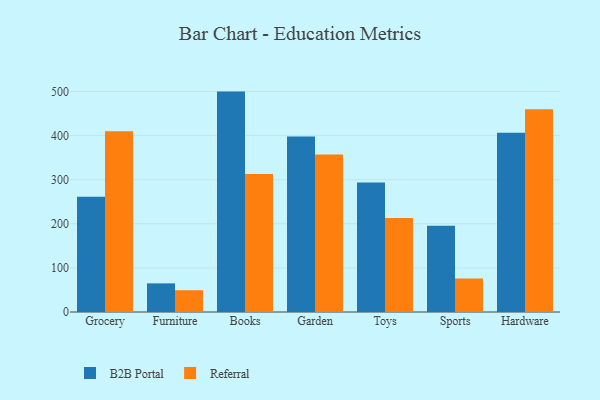
{"axis": {"x": "Category", "y": "Satisfaction Score"}, "legend": ["B2B Portal", "Referral"], "data": [{"x": "Grocery", "y": 261.1, "type": "B2B Portal"}, {"x": "Grocery", "y": 409.9, "type": "Referral"}, {"x": "Furniture", "y": 64.9, "type": "B2B Portal"}, {"x": "Furniture", "y": 49.4, "type": "Referral"}, {"x": "Books", "y": 499.7, "type": "B2B Portal"}, {"x": "Books", "y": 313.0, "type": "Referral"}, {"x": "Garden", "y": 398.0, "type": "B2B Portal"}, {"x": "Garden", "y": 357.1, "type": "Referral"}, {"x": "Toys", "y": 293.7, "type": "B2B Portal"}, {"x": "Toys", "y": 213.2, "type": "Referral"}, {"x": "Sports", "y": 195.3, "type": "B2B Portal"}, {"x": "Sports", "y": 76.0, "type": "Referral"}, {"x": "Hardware", "y": 406.3, "type": "B2B Portal"}, {"x": "Hardware", "y": 459.9, "type": "Referral"}]}